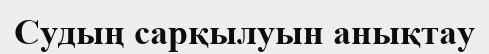
Судың сарқылуын анықтау